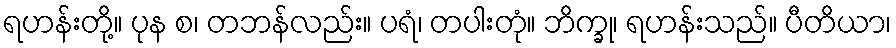
ရဟန်းတို့။ ပုန စ၊ တဘန်လည်း။ ပရံ၊ တပါးတုံ။ ဘိက္ခု၊ ရဟန်းသည်။ ပီတိယာ၊